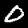
Digit: 0